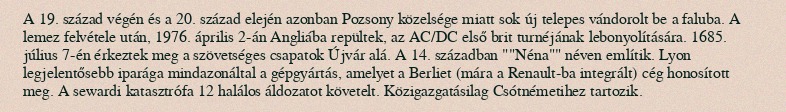
A 19. század végén és a 20. század elején azonban Pozsony közelsége miatt sok új telepes vándorolt be a faluba. A lemez felvétele után, 1976. április 2-án Angliába repültek, az AC/DC első brit turnéjának lebonyolítására. 1685. július 7-én érkeztek meg a szövetséges csapatok Újvár alá. A 14. században ""Néna"" néven említik. Lyon legjelentősebb iparága mindazonáltal a gépgyártás, amelyet a Berliet (mára a Renault-ba integrált) cég honosított meg. A sewardi katasztrófa 12 halálos áldozatot követelt. Közigazgatásilag Csótnémetihez tartozik.